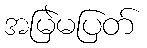
အမြဲမပြတ်